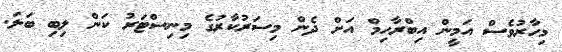
މިހާރުވެސް އަމީން އިބްރާހިމް އަށް ދެން މިސަރުކާރުގެ މިނިސްޓަރު ކަން ލިބި ބަލަ.